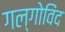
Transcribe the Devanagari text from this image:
गल्गोविंद